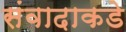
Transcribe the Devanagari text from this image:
संवादाकडे